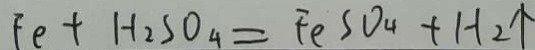
F e + H _ { 2 } S O _ { 4 } = F e S O _ { 4 } + H _ { 2 } \uparrow